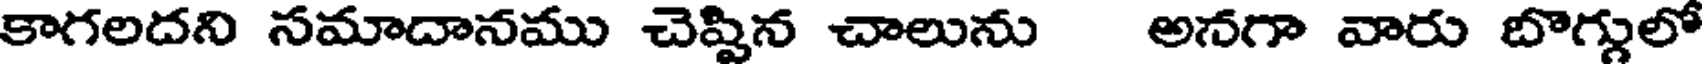
కాగలదని సమాదానము చెప్పిన చాలును అనగా వారు బొగ్గులో